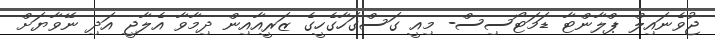
ޖުވެނައިލް ޕްލާންޓާ ޑަމަޓޯސިސް- މިއީ ގަސްގަހާގެހީގެ ޒަރީއާއިން ދިމާވާ އެލާޖީ އަދި ނޭވާޔަށް